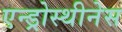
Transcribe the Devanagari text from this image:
एन्ड्रोस्थीनेस